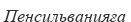
Пенсильванияға